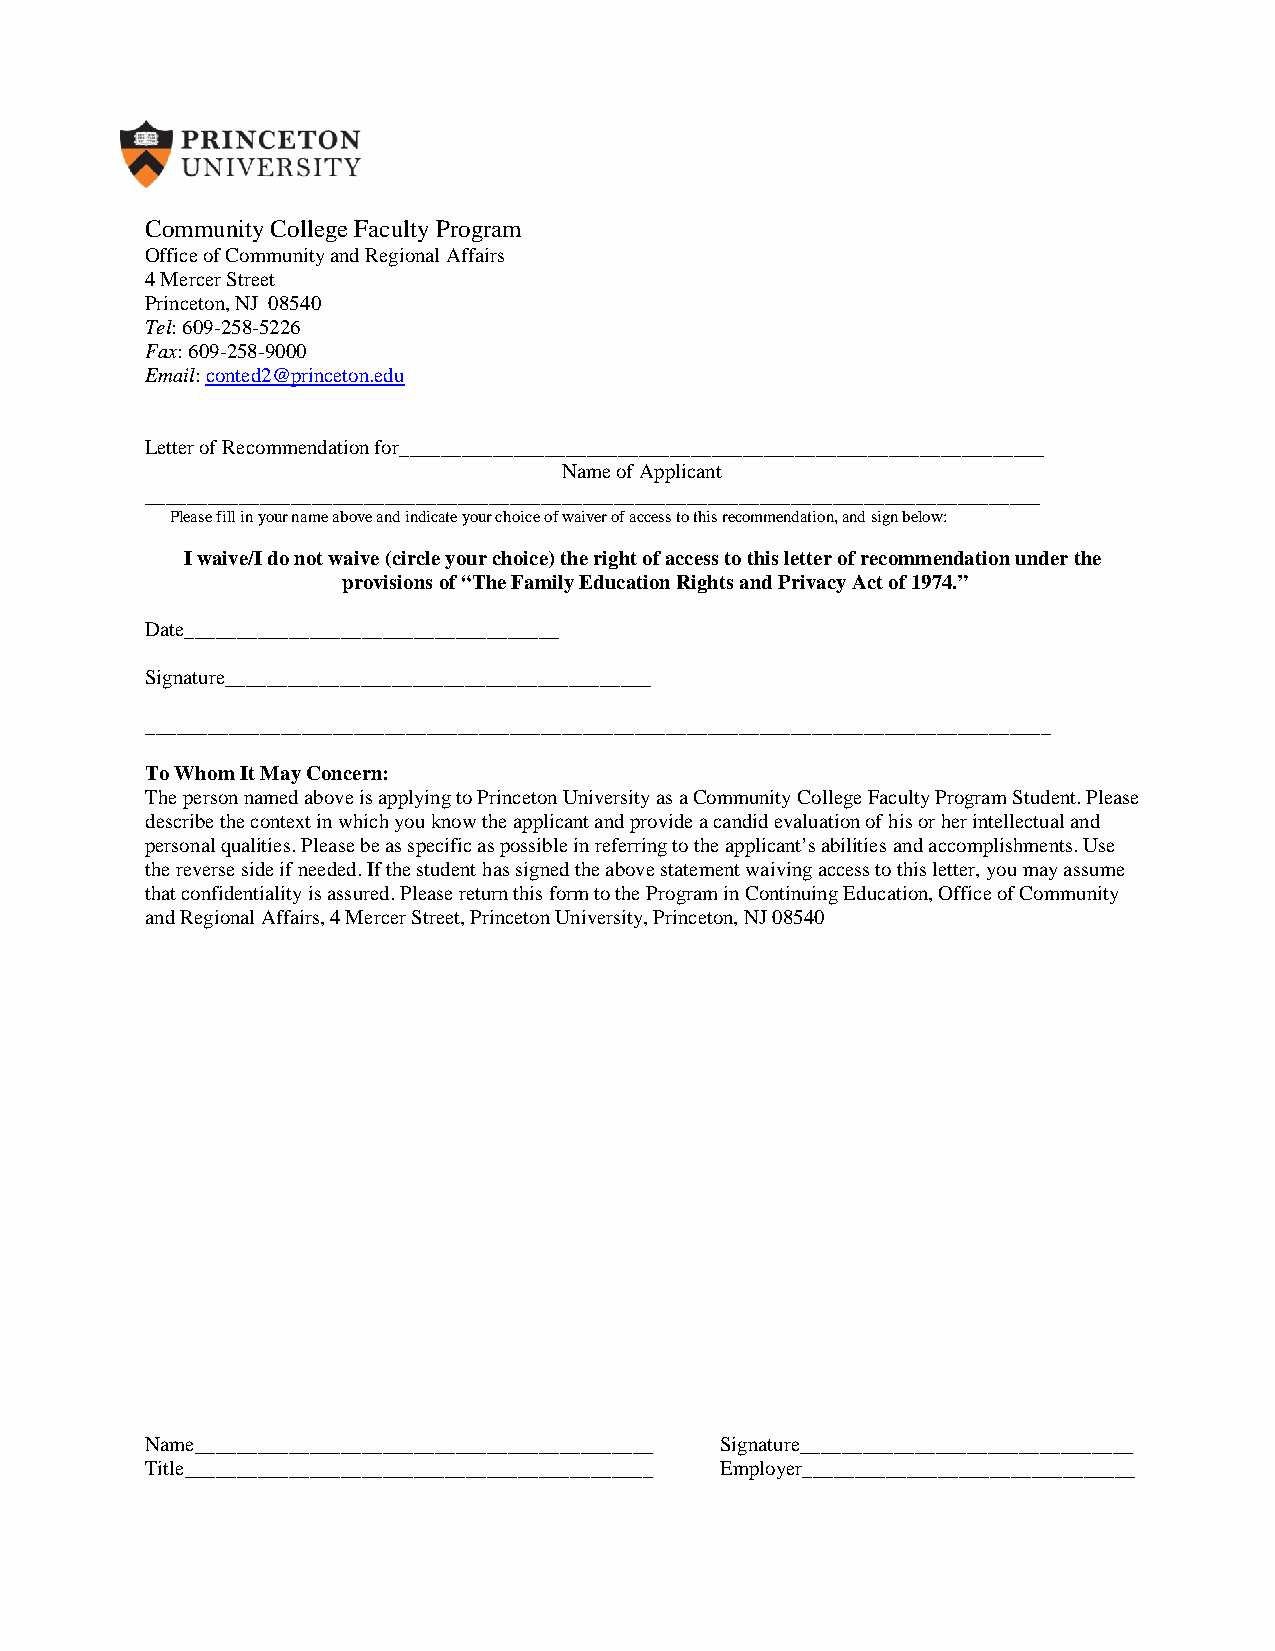
Community College Faculty Program
 Office of Community and Regional Affairs
 4 Mercer Street
 Princeton, NJ 08540
 Tel: 609-258-5226
 Fax: 609-258-9000
 Email: conted2@princeton.edu
 Letter of Recommendation for______________________________________________________________
 Name of Applicant
 ______________________________________________________________________________________
 Please fill in your name above and indicate your choice of waiver of access to this recommendation, and sign below:
 I waive/I do not waive (circle your choice) the right of access to this letter of recommendation under the
 provisions of “The Family Education Rights and Privacy Act of 1974.”
 Date____________________________________
 Signature_________________________________________
 _______________________________________________________________________________________
 To Whom It May Concern:
 The person named above is applying to Princeton University as a Community College Faculty Program Student. Please
 describe the context in which you know the applicant and provide a candid evaluation of his or her intellectual and
 personal qualities. Please be as specific as possible in referring to the applicant’s abilities and accomplishments. Use
 the reverse side if needed. If the student has signed the above statement waiving access to this letter, you may assume
 that confidentiality is assured. Please return this form to the Program in Continuing Education, Office of Community
 and Regional Affairs, 4 Mercer Street, Princeton University, Princeton, NJ 08540
 Name____________________________________________ Signature________________________________
 Title_____________________________________________ Employer________________________________